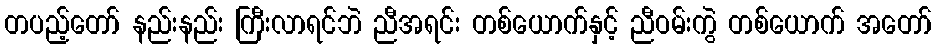
တပည့်တော် နည်းနည်း ကြီးလာရင်ဘဲ ညီအရင်း တစ်ယောက်နှင့် ညီဝမ်းကွဲ တစ်ယောက် အတော်